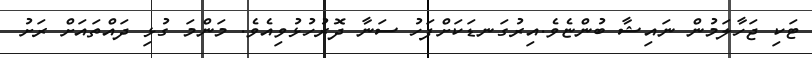
ޓަކި ޖަހާލަމުން ނައިޝާ ބުންޏެވެ.އިރުގަނޑަކަށްފަހު ސަނާ ދޮރުހުޅުވިއެވެ. މަންމަ ގުޅި ދައްތައަށް ރަށު